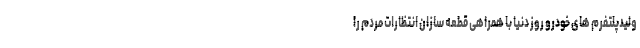
ولیدپلتفرم های خودرو روز دنیا با همراهی قطعه سازان انتظارات مردم را